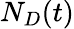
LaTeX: N_{D}(t)